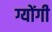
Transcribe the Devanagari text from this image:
ग्योंगी